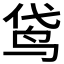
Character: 𮹕